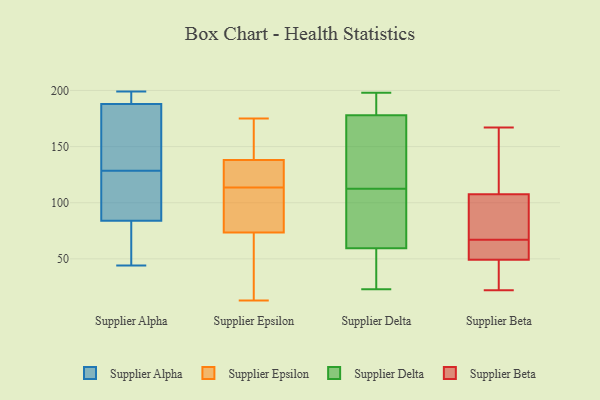
{"axis": {"x": "Active Users", "y": "Value"}, "legend": ["Supplier Alpha", "Supplier Beta", "Supplier Delta", "Supplier Epsilon"], "data": [{"x": "", "y": 63, "type": "Supplier Alpha"}, {"x": "", "y": 199, "type": "Supplier Alpha"}, {"x": "", "y": 44, "type": "Supplier Alpha"}, {"x": "", "y": 195, "type": "Supplier Alpha"}, {"x": "", "y": 128, "type": "Supplier Alpha"}, {"x": "", "y": 193, "type": "Supplier Alpha"}, {"x": "", "y": 147, "type": "Supplier Alpha"}, {"x": "", "y": 84, "type": "Supplier Alpha"}, {"x": "", "y": 80, "type": "Supplier Alpha"}, {"x": "", "y": 129, "type": "Supplier Alpha"}, {"x": "", "y": 184, "type": "Supplier Alpha"}, {"x": "", "y": 54, "type": "Supplier Alpha"}, {"x": "", "y": 117, "type": "Supplier Alpha"}, {"x": "", "y": 197, "type": "Supplier Alpha"}, {"x": "", "y": 160, "type": "Supplier Alpha"}, {"x": "", "y": 119, "type": "Supplier Alpha"}, {"x": "", "y": 113, "type": "Supplier Alpha"}, {"x": "", "y": 188, "type": "Supplier Alpha"}, {"x": "", "y": 116, "type": "Supplier Epsilon"}, {"x": "", "y": 60, "type": "Supplier Epsilon"}, {"x": "", "y": 113, "type": "Supplier Epsilon"}, {"x": "", "y": 42, "type": "Supplier Epsilon"}, {"x": "", "y": 134, "type": "Supplier Epsilon"}, {"x": "", "y": 96, "type": "Supplier Epsilon"}, {"x": "", "y": 86, "type": "Supplier Epsilon"}, {"x": "", "y": 124, "type": "Supplier Epsilon"}, {"x": "", "y": 64, "type": "Supplier Epsilon"}, {"x": "", "y": 40, "type": "Supplier Epsilon"}, {"x": "", "y": 114, "type": "Supplier Epsilon"}, {"x": "", "y": 85, "type": "Supplier Epsilon"}, {"x": "", "y": 142, "type": "Supplier Epsilon"}, {"x": "", "y": 148, "type": "Supplier Epsilon"}, {"x": "", "y": 83, "type": "Supplier Epsilon"}, {"x": "", "y": 13, "type": "Supplier Epsilon"}, {"x": "", "y": 125, "type": "Supplier Epsilon"}, {"x": "", "y": 175, "type": "Supplier Epsilon"}, {"x": "", "y": 165, "type": "Supplier Epsilon"}, {"x": "", "y": 152, "type": "Supplier Epsilon"}, {"x": "", "y": 180, "type": "Supplier Delta"}, {"x": "", "y": 178, "type": "Supplier Delta"}, {"x": "", "y": 178, "type": "Supplier Delta"}, {"x": "", "y": 98, "type": "Supplier Delta"}, {"x": "", "y": 29, "type": "Supplier Delta"}, {"x": "", "y": 198, "type": "Supplier Delta"}, {"x": "", "y": 77, "type": "Supplier Delta"}, {"x": "", "y": 42, "type": "Supplier Delta"}, {"x": "", "y": 127, "type": "Supplier Delta"}, {"x": "", "y": 31, "type": "Supplier Delta"}, {"x": "", "y": 23, "type": "Supplier Delta"}, {"x": "", "y": 177, "type": "Supplier Delta"}, {"x": "", "y": 77, "type": "Supplier Delta"}, {"x": "", "y": 180, "type": "Supplier Delta"}, {"x": "", "y": 160, "type": "Supplier Delta"}, {"x": "", "y": 96, "type": "Supplier Delta"}, {"x": "", "y": 96, "type": "Supplier Beta"}, {"x": "", "y": 100, "type": "Supplier Beta"}, {"x": "", "y": 112, "type": "Supplier Beta"}, {"x": "", "y": 62, "type": "Supplier Beta"}, {"x": "", "y": 45, "type": "Supplier Beta"}, {"x": "", "y": 110, "type": "Supplier Beta"}, {"x": "", "y": 91, "type": "Supplier Beta"}, {"x": "", "y": 34, "type": "Supplier Beta"}, {"x": "", "y": 22, "type": "Supplier Beta"}, {"x": "", "y": 67, "type": "Supplier Beta"}, {"x": "", "y": 26, "type": "Supplier Beta"}, {"x": "", "y": 64, "type": "Supplier Beta"}, {"x": "", "y": 117, "type": "Supplier Beta"}, {"x": "", "y": 167, "type": "Supplier Beta"}, {"x": "", "y": 64, "type": "Supplier Beta"}]}